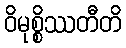
ဝိမုစ္စိဿတီတိ